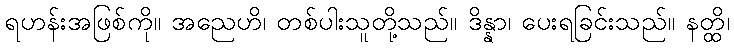
ရဟန်းအဖြစ်ကို။ အညေဟိ၊ တစ်ပါးသူတို့သည်။ ဒိန္နာ၊ ပေးရခြင်းသည်။ နတ္ထိ၊